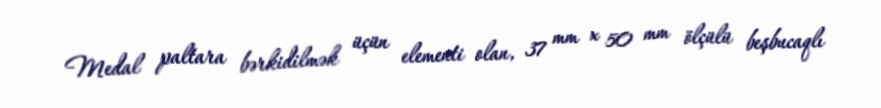
Medal paltara bərkidilmək üçün elementi olan, 37 mm x 50 mm ölçülü beşbucaqlı